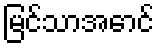
မြင်သာအောင်